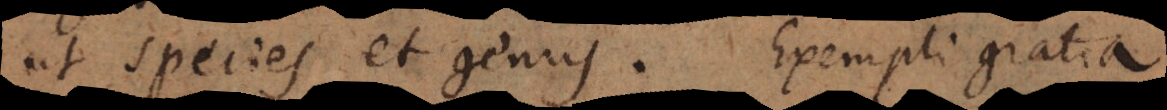
ut species et genus. Exempli gratia